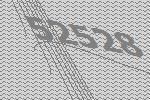
52528